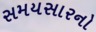
સમયસારનો